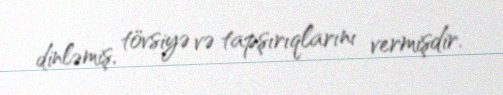
dinləmiş, tövsiyə və tapşırıqlarını vermişdir.